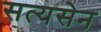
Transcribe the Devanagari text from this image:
सत्यसेन